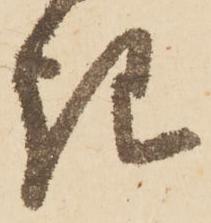
き